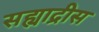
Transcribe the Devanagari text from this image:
सह्याद्रीस